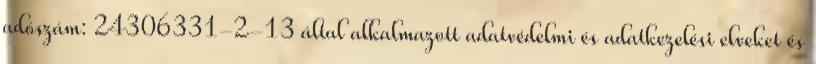
adószám: 24306331-2-13 által alkalmazott adatvédelmi és adatkezelési elveket és